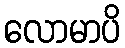
လောမာပိ